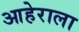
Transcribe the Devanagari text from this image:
आहेराला